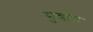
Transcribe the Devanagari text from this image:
पुचोन